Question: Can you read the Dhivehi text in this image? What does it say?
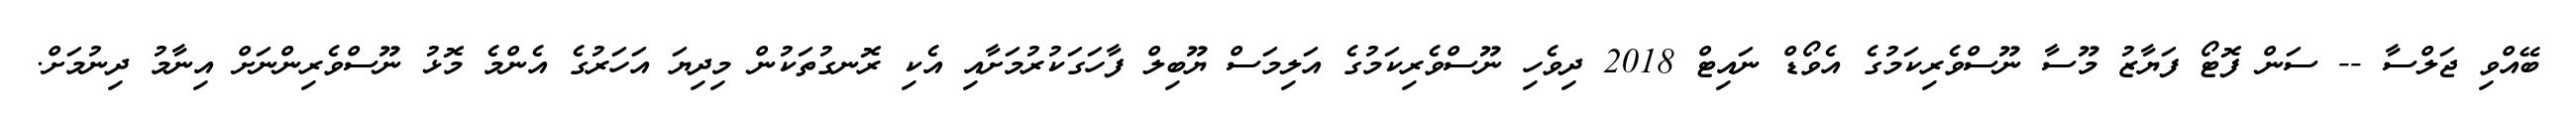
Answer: ބޭއްވި ޖަލްސާ -- ސަން ފޮޓޯ ފަޔާޒު މޫސާ ނޫސްވެރިކަމުގެ އެވޯޑް ނައިޓް 2018 ދިވެހި ނޫސްވެރިކަމުގެ އަލިމަސް ޔޫބިލް ފާހަގަކުރުމަށާއި އެކި ރޮނގުތަކުން މިދިޔަ އަހަރުގެ އެންމެ މޮޅު ނޫސްވެރިންނަށް އިނާމު ދިނުމަށް.